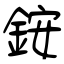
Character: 銨